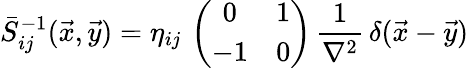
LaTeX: \bar{S}_{ij}^{-1}(\vec{x},\vec{y})=\eta_{ij}\, \left(\begin{array}{cc}{{0}}&{{1}}\\ {{-1}}&{{0}}\end{array}\right)\, \frac{1}{\nabla^{2}}\, \delta(\vec{x}-\vec{y})